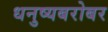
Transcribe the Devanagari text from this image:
धनुष्यबरोबर